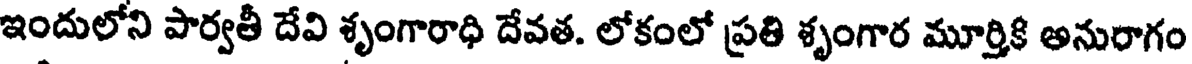
ఇందులోని పార్వతీ దేవి శృంగారాధి దేవత. లోకంలో ప్రతి శృంగార మూర్తికి అనురాగం